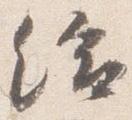
給